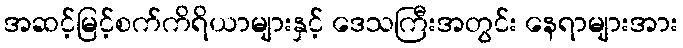
အဆင့်မြင့်စက်ကိရိယာများနှင့် ဒေသကြီးအတွင်း နေရာများအား